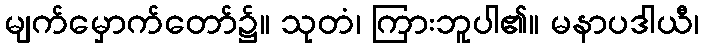
မျက်မှောက်တော်၌။ သုတံ၊ ကြားဘူပါ၏။ မနာပဒါယီ၊